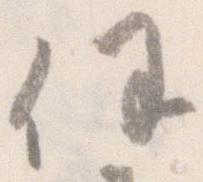
任